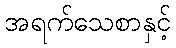
အရက်သေစာနှင့်